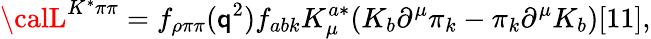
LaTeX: {\calL}^{K^{*}\pi\pi}=f_{\rho\pi\pi}(\mathsf{q}^{2})f_{abk}K_{\mu}^{a*}(K_{b}\partial^{\mu}\pi_{k}-\pi_{k}\partial^{\mu}K_{b})[11],